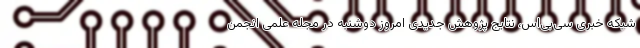
شبکه خبری سی‌بی‌اس،‌ نتایج پژوهش جدیدی امروز دوشنبه در مجله علمی انجمن